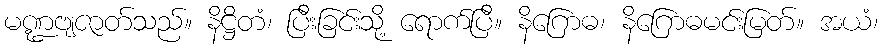
မဏ္ဍဗျဇာတ်သည်။ နိဋ္ဌိတံ၊ ပြီးခြင်းသို့ ရောက်ပြီ။ နိဂြောဓ၊ နိဂြောဓမင်းမြတ်။ အယံ၊